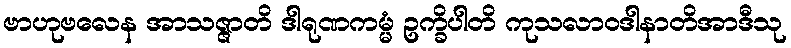
ဗာဟုဗလေန အာသဇ္ဇာတိ ဒါရုဏကမ္မံ ဥက္ခိပါတိ ကုသလာဝဒါနာတိအာဒီသု